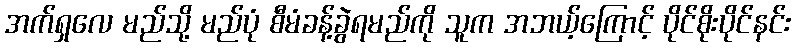
အက်ရှလေ မည်သို့ မည်ပုံ စီမံခန့်ခွဲရမည်ကို သူက အဘယ့်ကြောင့် ပိုင်စိုးပိုင်နင်း